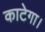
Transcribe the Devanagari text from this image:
काटेगा।